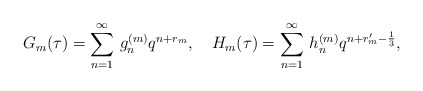
\begin{align*}G_m(\tau)=\sum_{n=1}^{\infty}\,g_n^{(m)}q^{n+r_m},~~~H_m(\tau)=\sum_{n=1}^{\infty}\,h_n^{(m)}q^{n+r_m'-\frac{1}{3}},\end{align*}